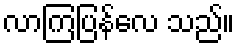
လာကြပြန်လေ သည်။